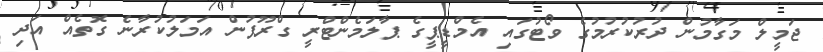
ޖަމީލް މަގާމުން ދުރުކުރުމުގެ ވޯޓުގައި އެމްޑީޕީގެ ޕާލަމެންޓްރީ ގްރޫޕުން އަމަލުކުރާނެ ގޮތެއް އަދި